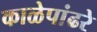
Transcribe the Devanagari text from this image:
काळेपांढरे